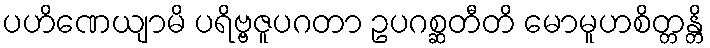
ပဟိဏေယျာမိ ပရိဗ္ဗဇူပဂတာ ဥပဂစ္ဆတီတိ မောမူဟစိတ္တန္တိ